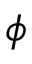
\phi